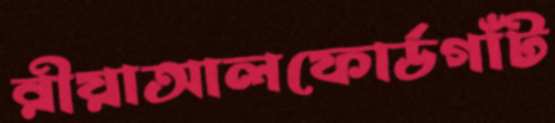
রীয়াআলফোর্ডগাঁট